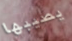
يصيبها